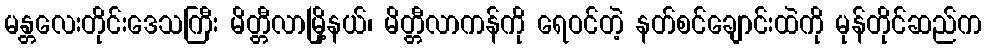
မန္တလေးတိုင်းဒေသကြီး မိတ္တီလာမြို့နယ်၊ မိတ္တီလာကန်ကို ရေဝင်တဲ့ နတ်စင်ချောင်းထဲကို မုန်တိုင်ဆည်က